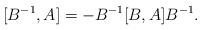
LaTeX: \begin{align*} [B^{-1},A] = -B^{-1}[B,A]B^{-1}. \end{align*}